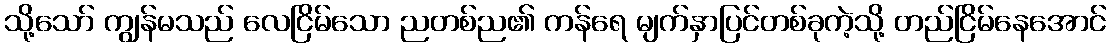
သို့သော် ကျွန်မသည် လေငြိမ်သော ညတစ်ည၏ ကန်ရေ မျက်နှာပြင်တစ်ခုကဲ့သို့ တည်ငြိမ်နေအောင်